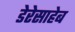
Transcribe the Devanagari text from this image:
डेरेसाहेब